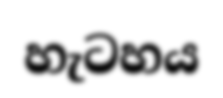
හැටහය